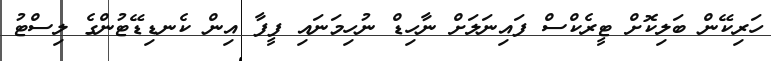
ހަރިކޭން ބަލިކޮށް ޓީރެކްސް ފައިނަލަށް ނާހިޑް ނުހިމަނައި ފީފާ އިން ކެނޑިޑޭޓުންގެ ލިސްޓު